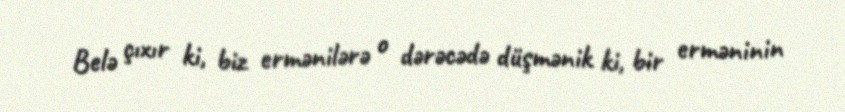
Belə çıxır ki, biz ermənilərə o dərəcədə düşmənik ki, bir erməninin